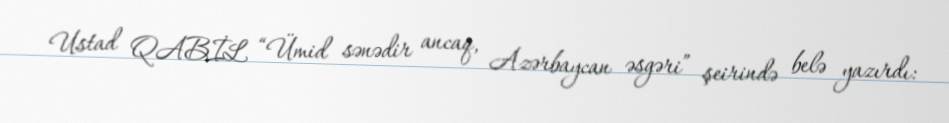
Ustad QABİL “Ümid sənədir ancaq, Azərbaycan əsgəri” şeirində belə yazırdı: